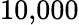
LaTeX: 10{,}000